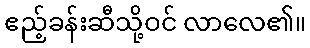
ဧည့်ခန်းဆီသို့ဝင် လာလေ၏။